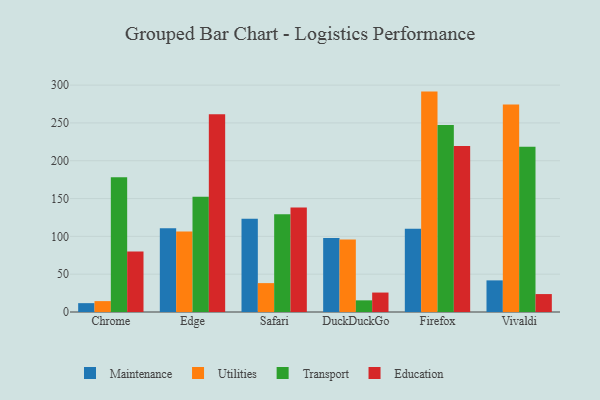
{"axis": {"x": "Browser", "y": "Tickets Resolved"}, "legend": ["Education", "Maintenance", "Transport", "Utilities"], "data": [{"x": "Chrome", "y": 11.7, "type": "Maintenance"}, {"x": "Chrome", "y": 14.4, "type": "Utilities"}, {"x": "Chrome", "y": 178.2, "type": "Transport"}, {"x": "Chrome", "y": 79.9, "type": "Education"}, {"x": "Edge", "y": 110.7, "type": "Maintenance"}, {"x": "Edge", "y": 106.3, "type": "Utilities"}, {"x": "Edge", "y": 152.3, "type": "Transport"}, {"x": "Edge", "y": 261.5, "type": "Education"}, {"x": "Safari", "y": 123.2, "type": "Maintenance"}, {"x": "Safari", "y": 38.2, "type": "Utilities"}, {"x": "Safari", "y": 129.1, "type": "Transport"}, {"x": "Safari", "y": 138.3, "type": "Education"}, {"x": "DuckDuckGo", "y": 98.0, "type": "Maintenance"}, {"x": "DuckDuckGo", "y": 95.7, "type": "Utilities"}, {"x": "DuckDuckGo", "y": 15.4, "type": "Transport"}, {"x": "DuckDuckGo", "y": 25.7, "type": "Education"}, {"x": "Firefox", "y": 110.0, "type": "Maintenance"}, {"x": "Firefox", "y": 291.4, "type": "Utilities"}, {"x": "Firefox", "y": 247.1, "type": "Transport"}, {"x": "Firefox", "y": 219.4, "type": "Education"}, {"x": "Vivaldi", "y": 41.8, "type": "Maintenance"}, {"x": "Vivaldi", "y": 274.2, "type": "Utilities"}, {"x": "Vivaldi", "y": 218.6, "type": "Transport"}, {"x": "Vivaldi", "y": 23.7, "type": "Education"}]}